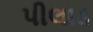
પીલાડ